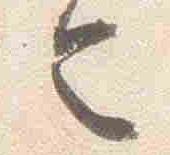
令